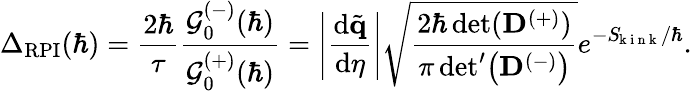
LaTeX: \Delta_{\mathrm{RPI}}(\hbar)=\frac{2\hbar}{\tau}\frac{\mathcal{G}_{0}^{(-)}(\hbar)}{\mathcal{G}_{0}^{(+)}(\hbar)}=\left|\frac{\mathrm{d}\tilde{\mathbf{q}}}{\mathrm{d}\eta}\right|\sqrt{\frac{2\hbar\operatorname*{det}(\mathbf{D}^{(+)})}{\pi\, \mathrm{det}^{\prime}\! \left({\mathbf{D}^{(-)}}\right)}}e^{-S_{\! \mathrm{~k~i~n~k~}}/\hbar}.